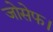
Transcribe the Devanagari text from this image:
जोसेफ।